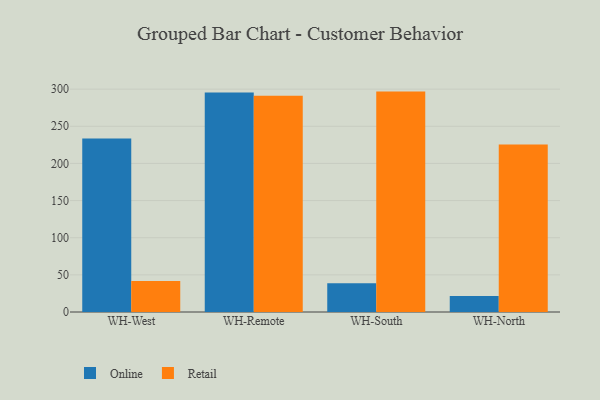
{"axis": {"x": "Warehouse", "y": "Gross Profit (USD K)"}, "legend": ["Online", "Retail"], "data": [{"x": "WH-West", "y": 233.5, "type": "Online"}, {"x": "WH-West", "y": 41.9, "type": "Retail"}, {"x": "WH-Remote", "y": 295.6, "type": "Online"}, {"x": "WH-Remote", "y": 291.1, "type": "Retail"}, {"x": "WH-South", "y": 38.7, "type": "Online"}, {"x": "WH-South", "y": 296.7, "type": "Retail"}, {"x": "WH-North", "y": 21.6, "type": "Online"}, {"x": "WH-North", "y": 225.6, "type": "Retail"}]}